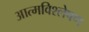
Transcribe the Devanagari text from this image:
आत्मविश्लेषण